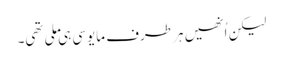
لیکن اُنھیں ہر طرف مایوسی ہی ملی تھی۔